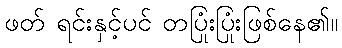
ဖတ် ရင်းနှင့်ပင် တပြုံးပြုံးဖြစ်နေ၏။